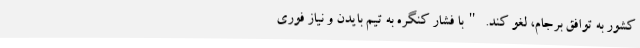
کشور به توافق برجام، لغو کند. "با فشار کنگره به تیم بایدن و نیاز فوری